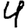
Digit: 4